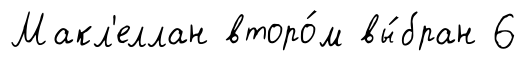
Макл'еллан второ́м вы́бран 6